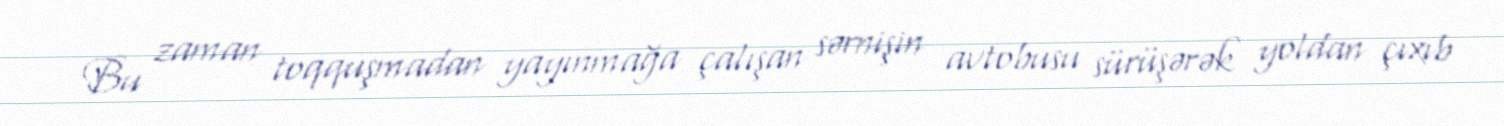
Bu zaman toqquşmadan yayınmağa çalışan sərnişin avtobusu sürüşərək yoldan çıxıb